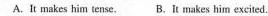
A.It makes him tense. B.It makes him excited。